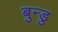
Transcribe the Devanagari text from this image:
बुन्डु